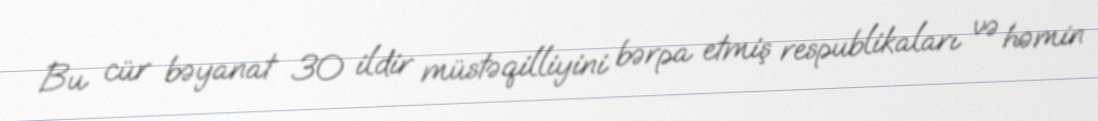
Bu cür bəyanat 30 ildir müstəqilliyini bərpa etmiş respublikaları və həmin